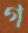
গ